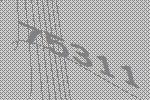
75311